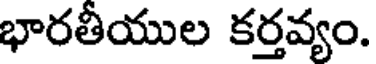
భారతీయుల కర్తవ్యం.